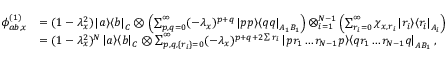
\begin{array} { r l } { \phi _ { a b , x } ^ { ( 1 ) } } & { = ( 1 - \lambda _ { x } ^ { 2 } ) \left| a \middle > \middle < b \right| _ { C } \otimes \left( \sum _ { p , q = 0 } ^ { \infty } ( - \lambda _ { x } ) ^ { p + q } \left| p p \middle > \middle < q q \right| _ { A _ { 1 } B _ { 1 } } \right) \bigotimes _ { i = 1 } ^ { N - 1 } \left( \sum _ { r _ { i } = 0 } ^ { \infty } \chi _ { x , r _ { i } } \left| r _ { i } \middle > \middle < r _ { i } \right| _ { A _ { i } } \right) } \\ & { = ( 1 - \lambda _ { x } ^ { 2 } ) ^ { N } \left| a \middle > \middle < b \right| _ { C } \otimes \sum _ { p , q , \{ r _ { i } \} = 0 } ^ { \infty } ( - \lambda _ { x } ) ^ { p + q + 2 \sum r _ { i } } \left| p r _ { 1 } \ldots r _ { N - 1 } p \middle > \middle < q r _ { 1 } \ldots r _ { N - 1 } q \right| _ { A B _ { 1 } } , } \end{array}